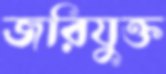
জরিযুক্ত